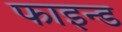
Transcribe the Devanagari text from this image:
फाइन्ड